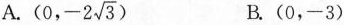
A. (0,-2 \sqrt{3}) B.(0，-3)